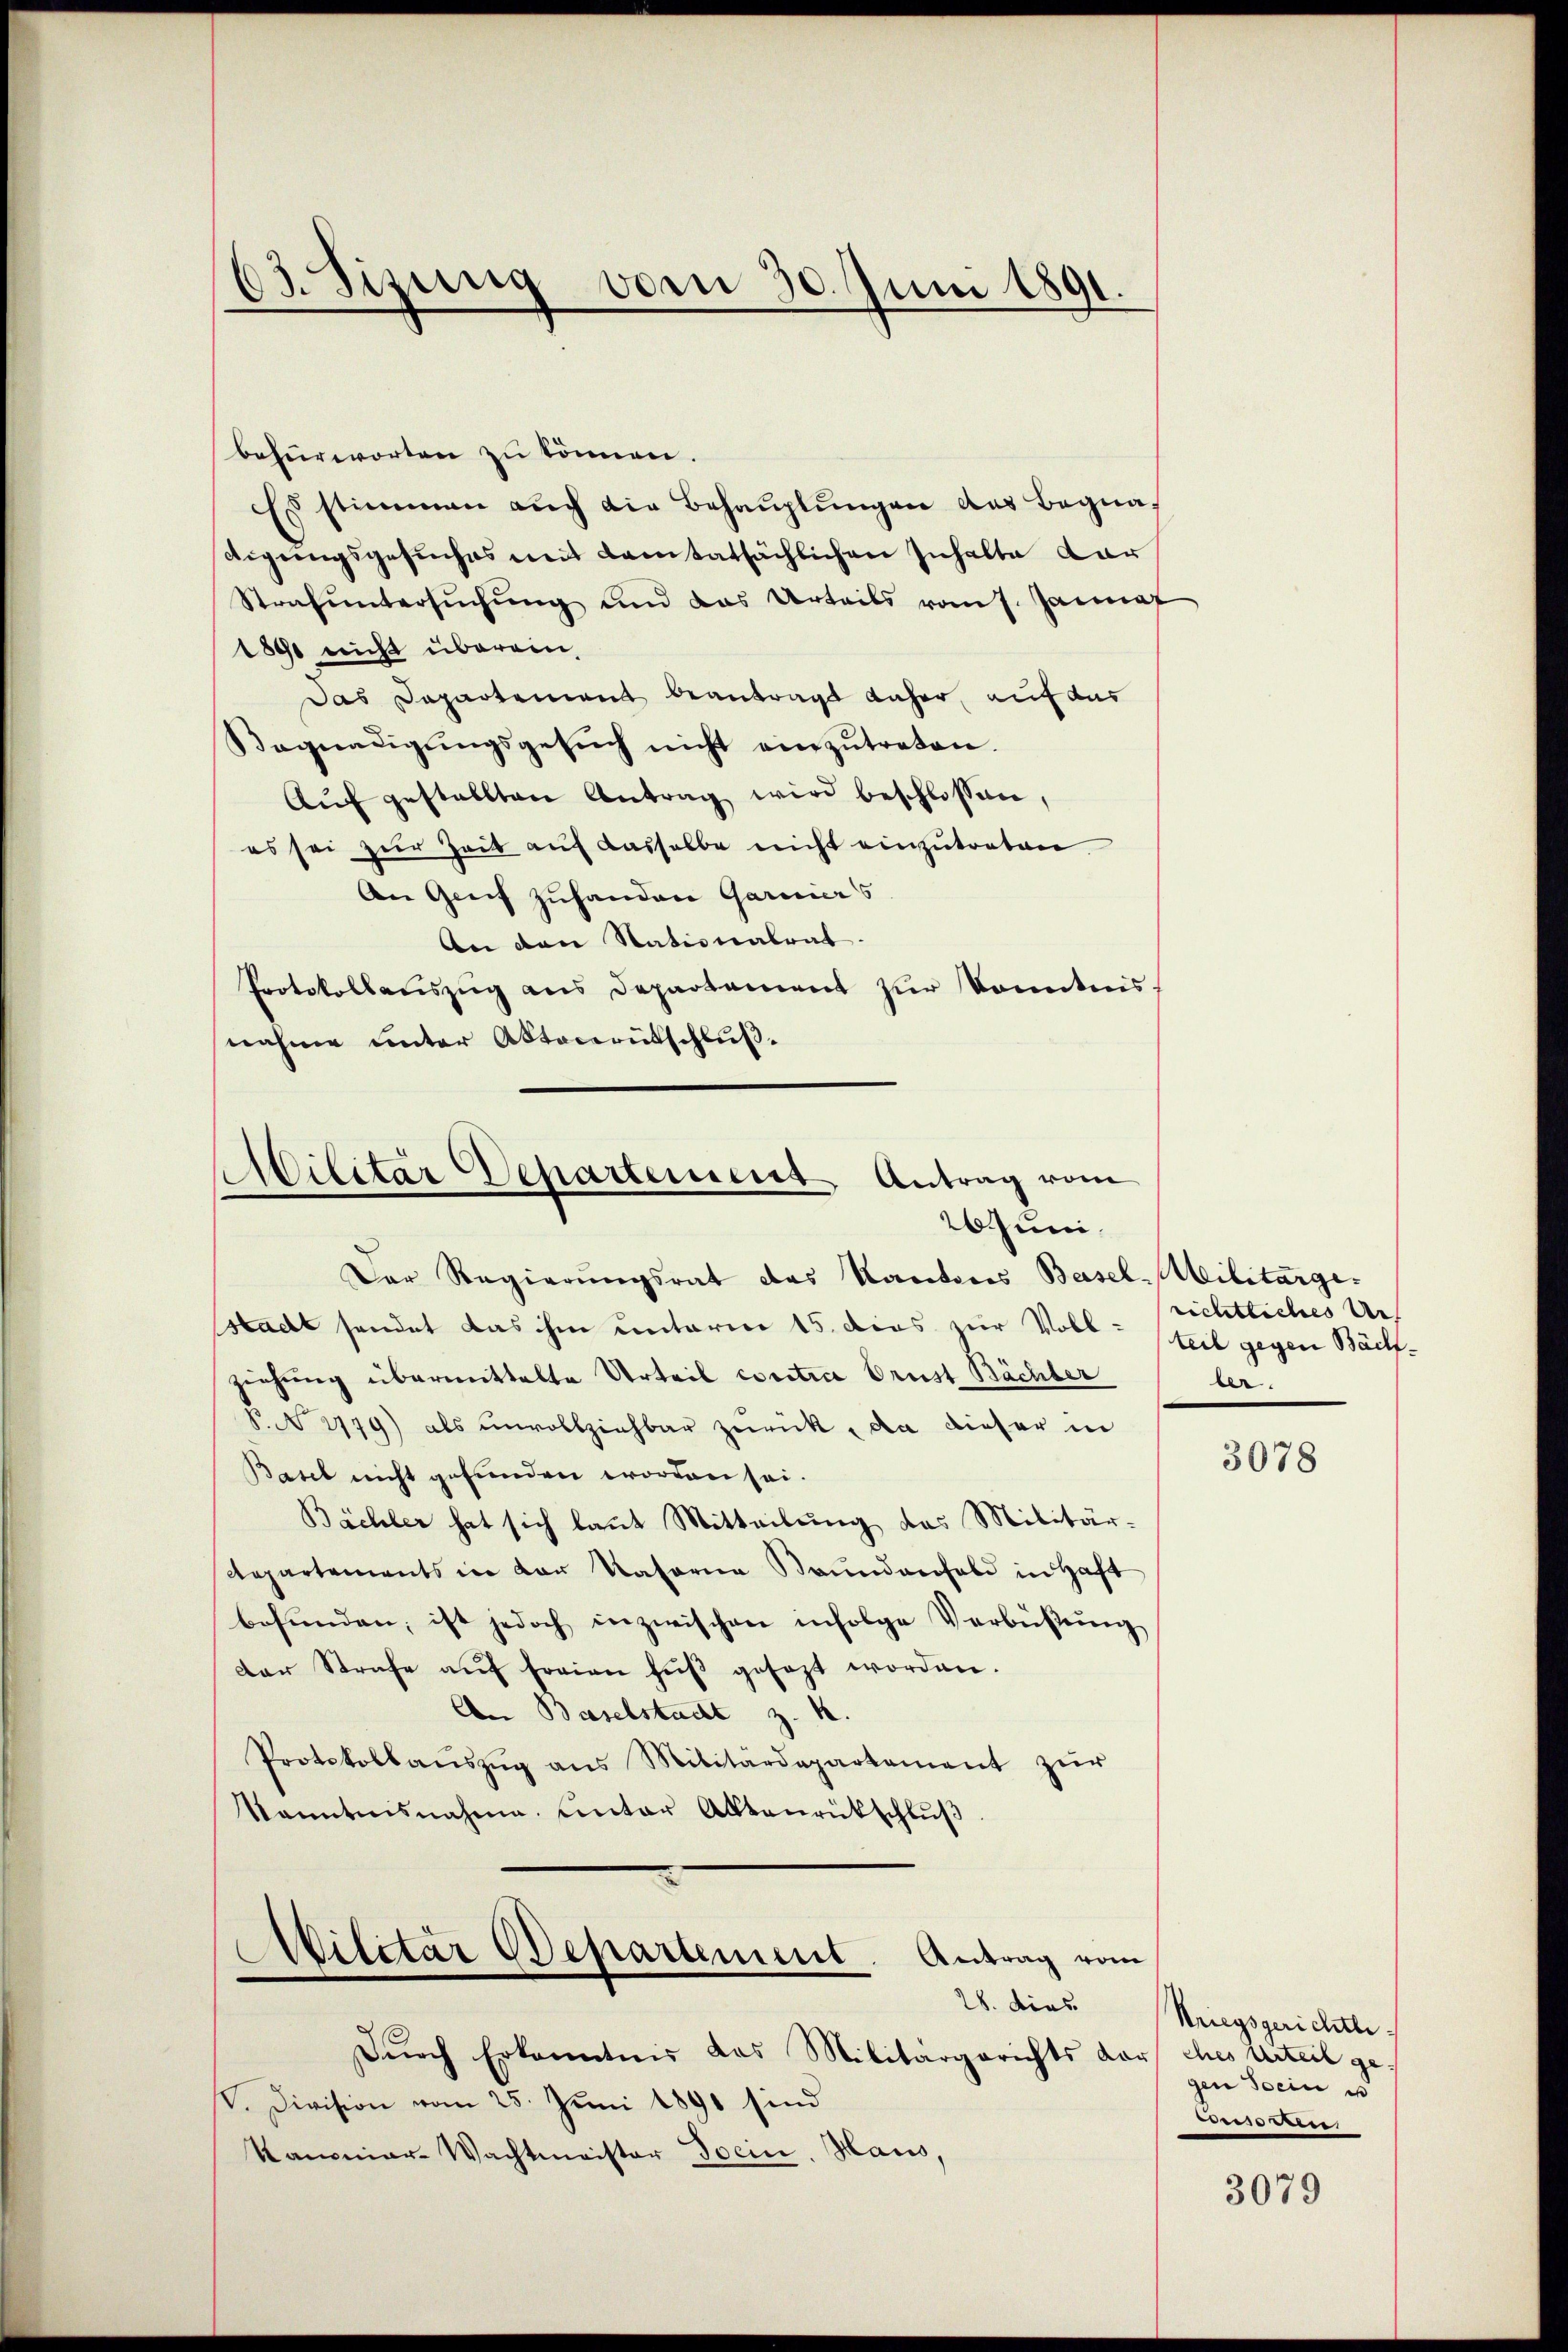
03. Sizung von 30. Juni 1891.

befürworten zu können.
Es stimmen auch die Behauptungen das Begnadigungsgesuches mit Kantatsächlichen Inhalte dar
Strafŭntersŭchŭng und das Urteils vom 7. Jannaf
1890 nicht überein,
Das Departement beantragt daher, auf das
Begnadigŭngsgesŭch nicht einzŭtreten.
Aŭf gestellten Antrag wird beschlossen,
es sei zur Zeit auf dasselbe nicht einzutreten.
An Greif zuhanden Garniers
An den Nationalrat.
Protokollaŭszŭg ans Departement zŭr Kenntnis
nahme unter Aktocerutschluß.

Der Regierungsrat das Kantons Basel-Militärge-
stadt sendet das ihm unterm 15. dies zur Voll-
ziehung übermittelte Urteil contice brust Bächter
§ No 2179) als unvollziehbar zurück, da dieser in
Basel nicht gefunden worden sei.
Bächler hat sich laut Mitteilung das Militär-
Repartements in der Vasorna Brŭndarfeld in Haft
befŭnden, ist jedoch inzwischen infolge Verbüβŭng
der Strafe aŭf freien Hŭβ gesezt worden.
An Baselstacht z. B.
Protokollaŭszŭg ans Militärdepartement zŭr
kanntnisnahme. Unter Aktenrütschlŭβ

Militär Departement Antrag vom
26 Juni.

Militär Departement. Antrag vom
28. dies

Durch Erkenntnis das Militärgerichts da
V. Division vom 25. Juni 1890 sind
Kaminar-Wachtmeister Socin. Haus,

richtliches Urt
teil gegen Bachber.

3078

kriegsgerichte.
uches Urteil gegen Socin e
corso derer

3079